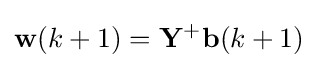
\mathbf {w} (k+1)=\mathbf {Y} ^{+}\mathbf {b} (k+1)